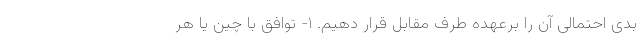
بدی احتمالی آن را برعهده طرف مقابل قرار دهیم. ۱- توافق با چین یا هر